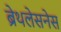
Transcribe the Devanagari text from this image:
ब्रेथलेसनेस